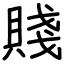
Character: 賤